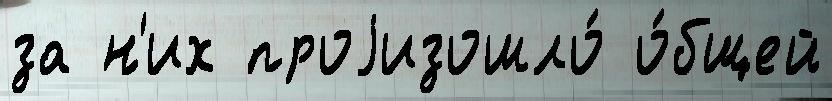
за н'их проjизошло́ о́бщей